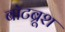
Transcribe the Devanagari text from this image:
बॉटब्रूश